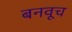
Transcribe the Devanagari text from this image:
बनवूच